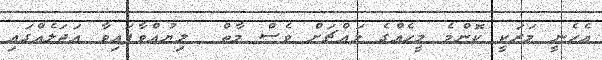
އެހެނީ މަރަކީ ކޮންމެ މީހެއްގެ މައްޗަށް ވެސް މާތް  ލިޔުއްވާފައިވާ އަޖަލެއްގައި